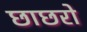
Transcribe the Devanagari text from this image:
छाछरो